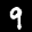
Label: 9